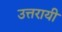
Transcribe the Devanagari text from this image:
उत्तरायी